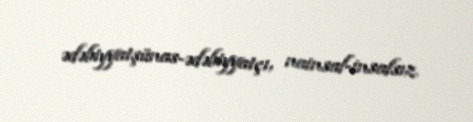
ədəbiyyatşünas-ədəbiyyatçı, nainsaf-insafsız.